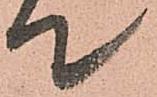
て